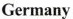
Germany